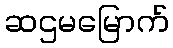
ဆဌမမြောက်